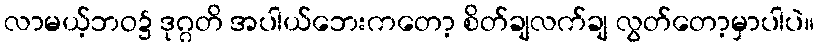
လာမယ့်ဘဝ၌ ဒုဂ္ဂတိ အပါယ်ဘေးကတော့ စိတ်ချလက်ချ လွတ်တော့မှာပါပဲ။